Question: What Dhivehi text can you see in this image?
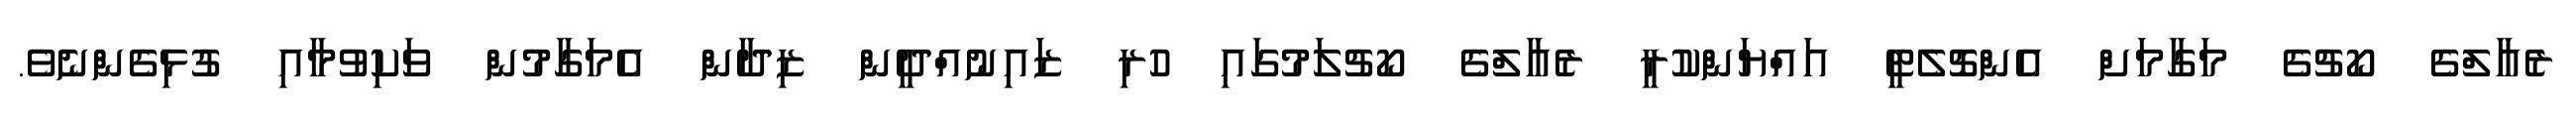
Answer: ރެއާލްގެ ކޯޗުގެ މަގާމަށް އެންޗޮލެޓީ އައްޔަންކުރީ ރެއާލްގެ ކޯޗުލަމުގައި ހުރި ޒައިނުއްދީން ޒިދާން އެމަގާމުން ވަކިވުމާއި ގުޅިގެންނެވެ.